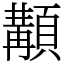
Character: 顜